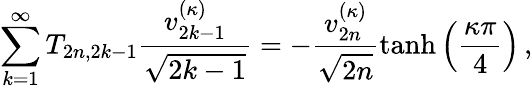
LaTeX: \sum_{k=1}^{\infty}T_{2n,2k-1}\frac{v_{2k-1}^{(\kappa)}}{\sqrt{2k-1}}=-\frac{v_{2n}^{(\kappa)}}{\sqrt{2n}}\operatorname{tanh}\left(\frac{\kappa\pi}{4}\right)\, ,